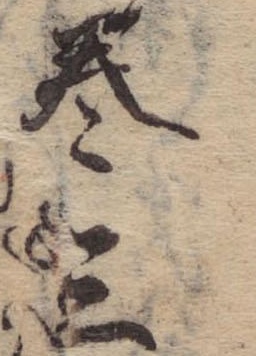
巻三